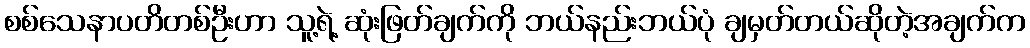
စစ်သေနာပတိတစ်ဦးဟာ သူ့ရဲ့ ဆုံးဖြတ်ချက်ကို ဘယ်နည်းဘယ်ပုံ ချမှတ်တယ်ဆိုတဲ့အချက်က